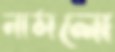
নামলো